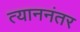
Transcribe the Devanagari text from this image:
त्याननंतर